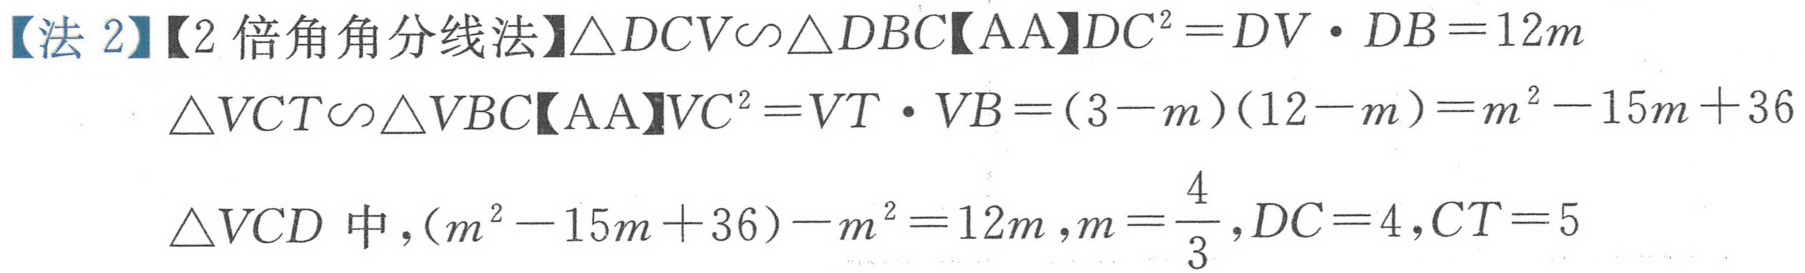
【法 2】【2 倍角角分线法】$\triangle DCV\sim\triangle DBC【AA】DC^{2}=DV\cdot DB = 12m$
$\triangle VCT\sim\triangle VBC【AA】VC^{2}=VT\cdot VB=(3 - m)(12 - m)=m^{2}-15m + 36$
$\triangle VCD$中，$(m^{2}-15m + 36)-m^{2}=12m,m=\frac{4}{3},DC = 4,CT = 5$